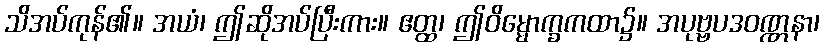
သိအပ်ကုန်၏။ အယံ၊ ဤဆိုအပ်ပြီးကား။ ဧတ္ထ၊ ဤဝိမ္မောက္ခကထာ၌။ အပုဗ္ဗပဒဝဏ္ဏနာ၊